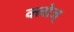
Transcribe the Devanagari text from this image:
क्लोज्